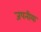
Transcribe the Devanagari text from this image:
जपनीयः